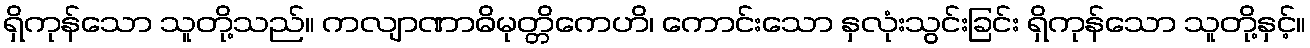
ရှိကုန်သော သူတို့သည်။ ကလျာဏာဓိမုတ္တိကေဟိ၊ ကောင်းသော နှလုံးသွင်းခြင်း ရှိကုန်သော သူတို့နှင့်။